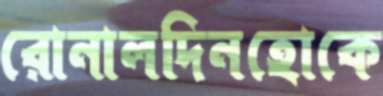
রোনালদিনহোকে